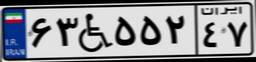
۶۳W۵۵۲۴۷